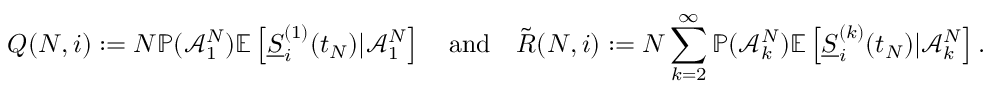
Q ( N , i ) : = N \mathbb { P } ( \mathcal { A } _ { 1 } ^ { N } ) \mathbb { E } \left[ \underline { { S } } _ { i } ^ { ( 1 ) } ( t _ { N } ) | \mathcal { A } _ { 1 } ^ { N } \right] \quad \mathrm { a n d } \quad \tilde { R } ( N , i ) : = N \sum _ { k = 2 } ^ { \infty } \mathbb { P } ( \mathcal { A } _ { k } ^ { N } ) \mathbb { E } \left[ \underline { { S } } _ { i } ^ { ( k ) } ( t _ { N } ) | \mathcal { A } _ { k } ^ { N } \right] .